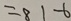
= 8 1 - 6